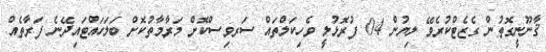
ޤާނޫނީގޮތުން ގެޒެޓްކުރެވޭ ލިޔުން 04 ފުރޮޅުލީ ވެހިކަލްތައް ސަރވިސްކޮށް މަރާމާތުކޮށް ބަލަހައްޓައިދޭނެ ފަރާތެއް